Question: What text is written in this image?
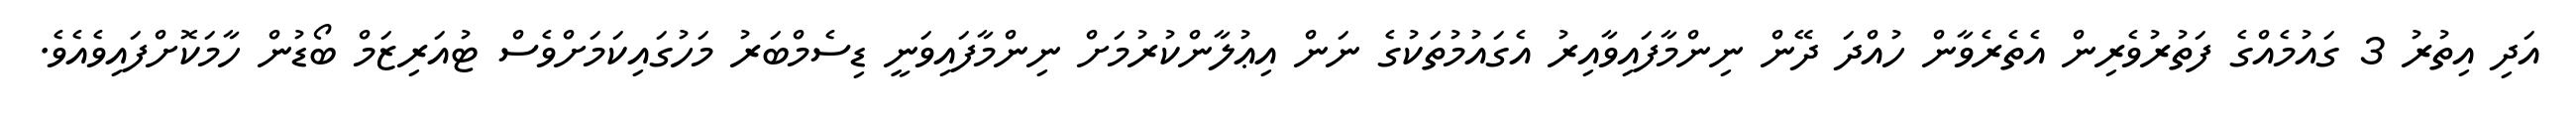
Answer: އަދި އިތުރު 3 ގައުމެއްގެ ފަތުރުވެރިން އެތެރެވާން ހުއްދަ ދޭން ނިންމާފައިވާއިރު އެގައުމުތަކުގެ ނަން އިޢުލާންކުރުމަށް ނިންމާފައިވަނީ ޑިސެމްބަރު މަހުގައިކަމަށްވެސް ޓުއަރިޒަމް ބޯޑުން ހާމަކޮށްފައިވެއެވެ.